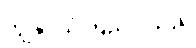
ကျွန်ုပ်ယုံကြည်ပါသည်